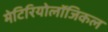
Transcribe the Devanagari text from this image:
मेटिरियोलॉजिकल